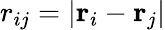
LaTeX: r_{ij}=\left|\mathbf{r}_{i}-\mathbf{r}_{j}\right|